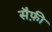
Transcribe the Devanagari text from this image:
सैफ़ी